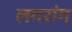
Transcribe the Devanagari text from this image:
लगरांग